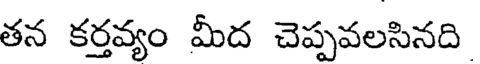
తన కర్తవ్యం మీద చెప్పవలసినది